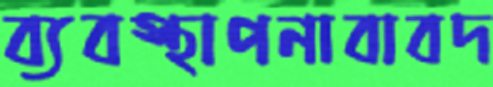
ব্যবস্থাপনাবাবদ